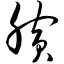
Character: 膑